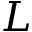
L